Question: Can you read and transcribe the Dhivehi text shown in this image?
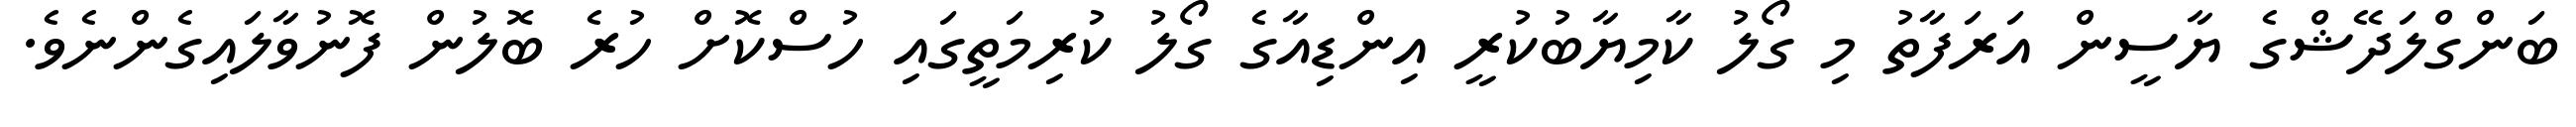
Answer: ބަންގްލަދޭޝްގެ ޔާސީން އަރަފާތު މި ގޯލު ކާމިޔާބުކުރީ އިންޑިއާގެ ގޯލު ކުރިމަތީގައި ހުސްކޮށް ހުރެ ބޮލުން ފޮނުވާލައިގެންނެވެ.